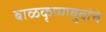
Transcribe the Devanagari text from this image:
बाळकृष्णबुवांचे